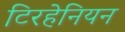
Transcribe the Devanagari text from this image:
टिरहेनियन